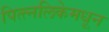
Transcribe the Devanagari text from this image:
पित्त्नलिकेमधून